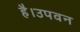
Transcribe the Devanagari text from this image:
है।उपवन